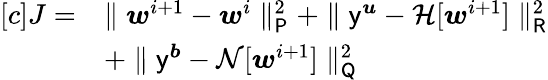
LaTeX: \begin{array}{rl}{[c]J=}&{\parallel\boldsymbol{w}^{i+1}-\boldsymbol{w}^{i}\parallel_{\mathsf{P}}^{2}+\parallel\mathsf{y}^{\boldsymbol{u}}-\mathcal{H}[\boldsymbol{w}^{i+1}]\parallel_{\mathsf{R}}^{2}}\\ &{+\parallel\mathsf{y}^{\boldsymbol{b}}-\mathcal{N}[\boldsymbol{w}^{i+1}]\parallel_{\mathsf{Q}}^{2}}\end{array}